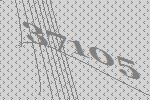
37105